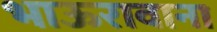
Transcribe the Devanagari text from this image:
भाऊरावाना